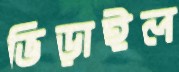
ভিড়াইল